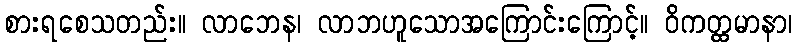
စားရစေသတည်း။ လာဘေန၊ လာဘဟူသောအကြောင်းကြောင့်။ ဝိကတ္ထမာနာ၊